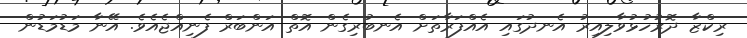
ރިކްޒާ ދޮރުހުޅުވާލިއިރު އެނދުގައި އެއްފަރާތަށް އެނބުރިގެން އޮތް އަންބަރް ފެނިއްޖެއެވެ. އޭނާ މަޑުމަޑުން